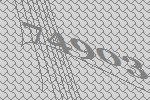
74903